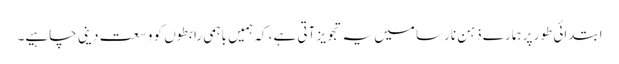
ابتدائی طور پر ہمارے ذہنِ نارسا میں یہ تجویز آتی ہے، کہ ہمیں باہمی رابطوں کو وسعت دینی چاہیے۔